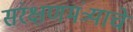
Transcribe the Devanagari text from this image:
संरक्षणमंत्र्याचे